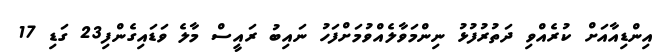
އިންޑިއާއަށް ކުރެއްވި ދަތުރުފުޅު ނިންމަވާލެއްވުމަށްފަހު ނައިބު ރައީސް މާލެ ވަޑައިގެންފި23 ގަޑި 17